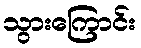
သွားကြောင်း